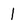
Character: I